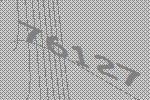
76127